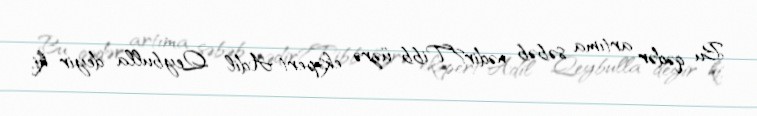
Bu qədər artıma səbəb nədir?Tibb üzrə ekspert Adil Qeybulla deyir ki,